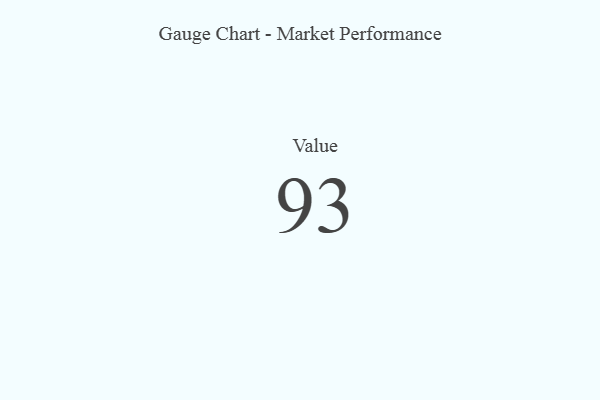
{"axis": {"x": "Metric", "y": "Value"}, "legend": [""], "data": [{"x": "Value", "y": 93, "type": ""}]}